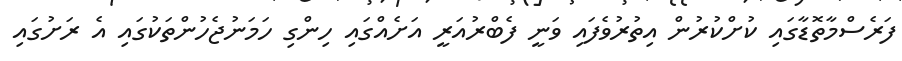
ފަރެސްމާތޮޑާގައި ކުށްކުރުން އިތުރުވެފައި ވަނީ ފެބްރުއަރީ އަށެއްގައި ހިންގި ހަމަނުޖެހުންތަކުގައި އެ ރަށުގައި